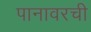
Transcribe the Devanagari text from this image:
पानावरची